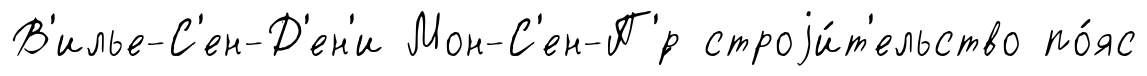
В'илье-С'ен-Д'ен'и Мон-С'ен-П'́р строjи́т'ельство по́яс